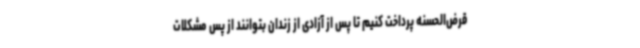
قرض‌الحسنه پرداخت کنیم تا پس از آزادی از زندان بتوانند از پس مشکلات